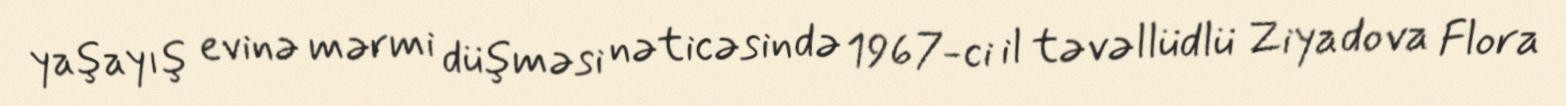
yaşayış evinə mərmi düşməsi nəticəsində 1967-ci il təvəllüdlü Ziyadova Flora